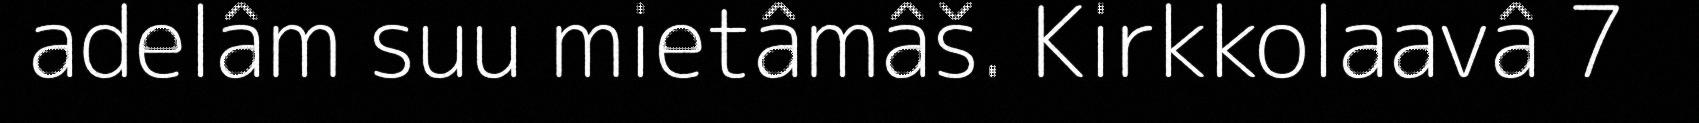
adelâm suu mietâmâš. Kirkkolaavâ 7